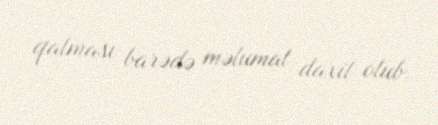
qalması barədə məlumat daxil olub.